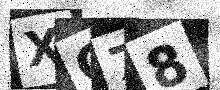
Text: XC78